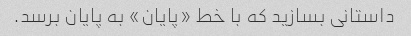
داستانی بسازید که با خط «پایان» به پایان برسد.